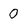
Character: 0